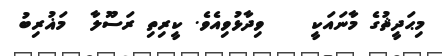
މިޙަދީޘުގެ މާނައަކީ    ވިދާޅުވިއެވެ. ކީރިތި ރަސޫލާ  މަޣުރިބު